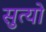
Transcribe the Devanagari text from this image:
सुत्यो